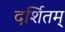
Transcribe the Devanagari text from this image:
दर्शितम्